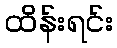
ထိန်းရင်း